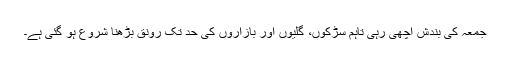
جمعہ کی بندش اچھی رہی تاہم سڑکوں، گلیوں اور بازاروں کی حد تک رونق بڑھنا شروع ہو گئی ہے۔